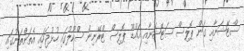
ސްޓޭޝަނާއި ގަން ޕޮލިސް ސަޓޭޝަނާއި އައްޑޫ ޕޮލިސް ޓްރޭނިން ސްކޫލުގައި ހުޅުޖަހައި އެތަންތަނުގައި